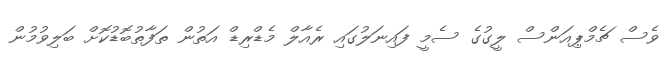
ވެސް ޗެމްޕިއަންސް ލީގުގެ ސެމީ ފައިނަލުގައި ރެއާލް މެޑްރިޑް އަތުން ތަފާތުބޮޑުކޮށް ބަލިވުމުން